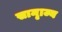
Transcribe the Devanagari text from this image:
सामृाज्य